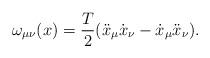
LaTeX: \begin{align*}\omega_{\mu\nu}(x)={T\over2}(\ddot{x}_\mu\dot{x}_\nu-\dot{x}_\mu\ddot{x}_\nu).\end{align*}